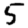
Digit: 5